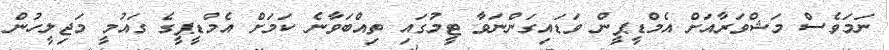
ނަމަވެސް މަޝްވަރާއަށް އެމްޑީޕީން ވަޑައިގަންނަވާ ޓީމުގައި ތިއްބަވާނެ ކަމަށް އެމްޑީޕީގެ ގައުމީ މަޖިލީހުން